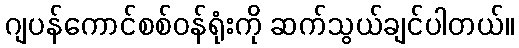
ဂျပန်ကောင်စစ်ဝန်ရုံးကို ဆက်သွယ်ချင်ပါတယ်။